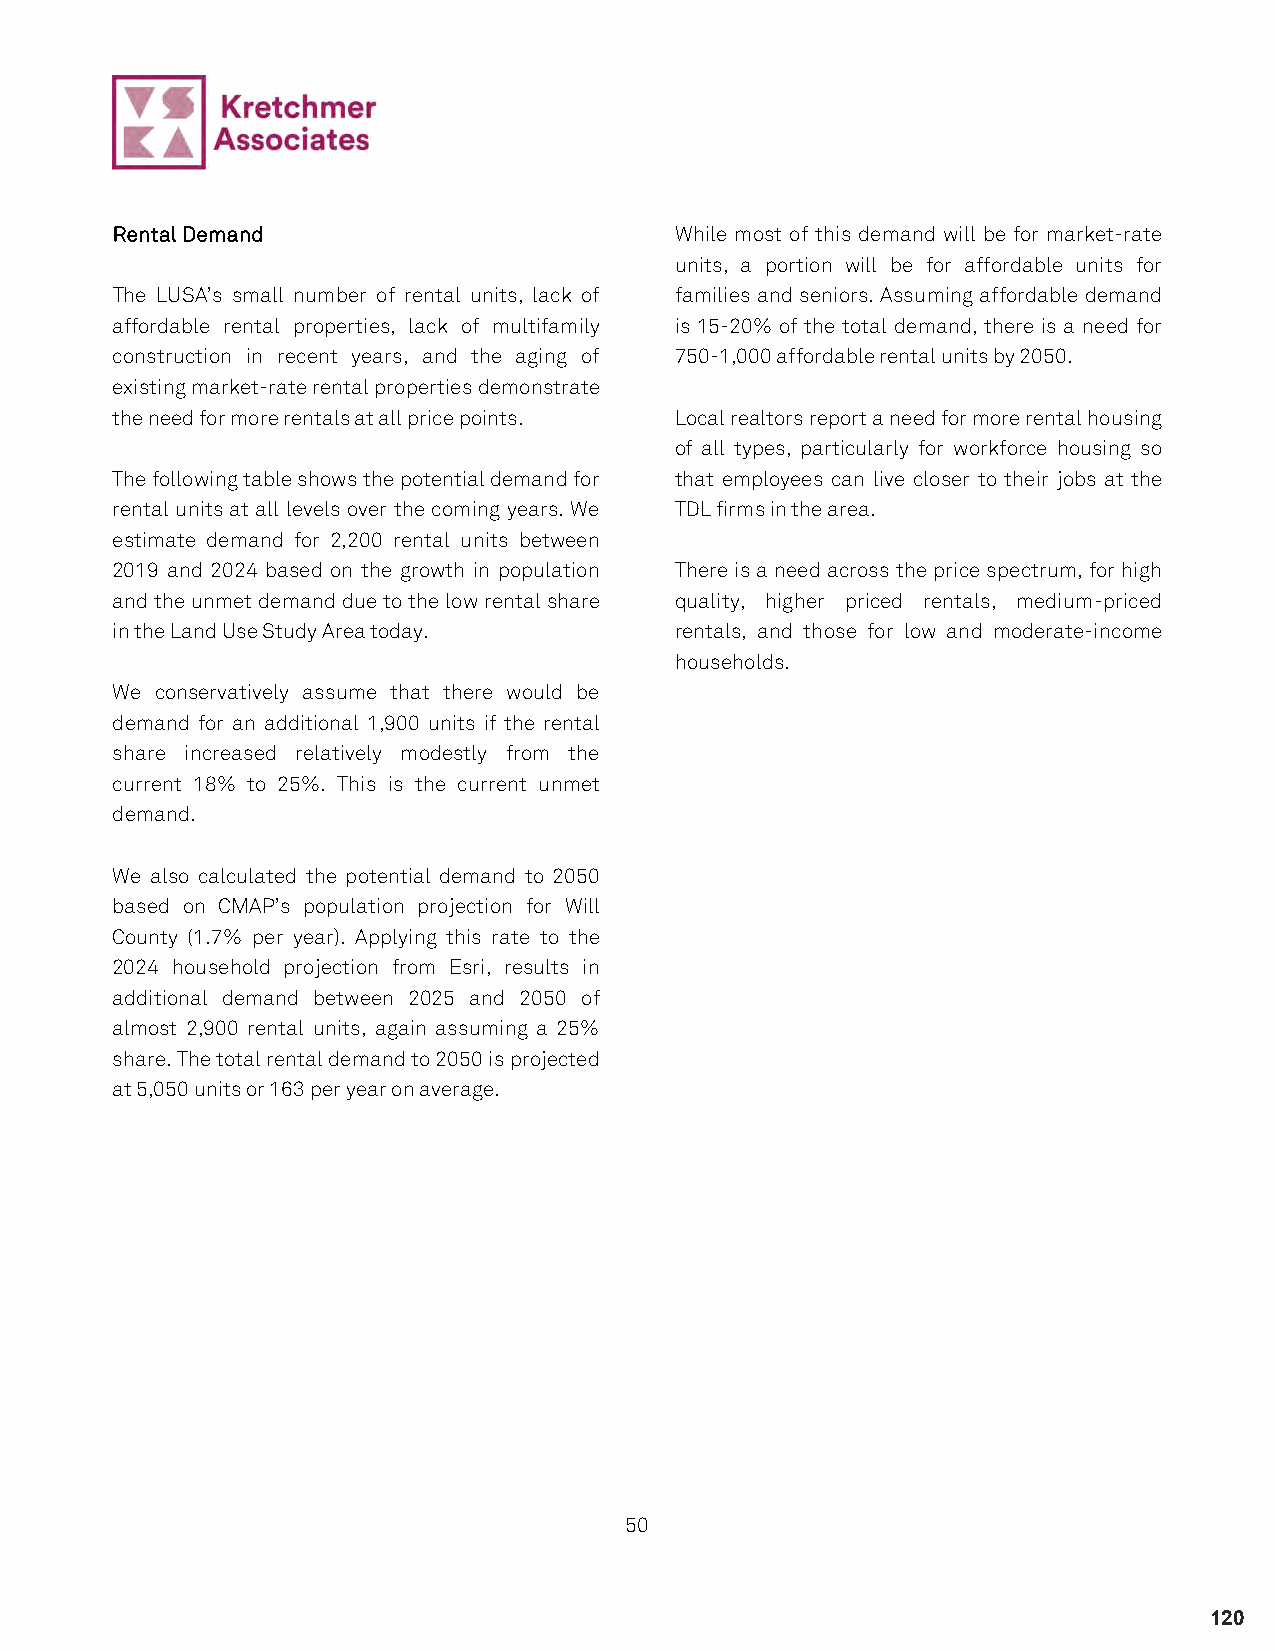
Rental Demand                         While most of this demand will be for market-rate
 units, a portion will be for affordable units for
 The LUSA’s small number of rental units, lack of families and seniors. Assuming affordable demand
 affordable rental properties, lack of multifamily is 15-20% of the total demand, there is a need for
 construction in recent years, and the aging of 750-1,000 affordable rental units by 2050.
 existing market-rate rental properties demonstrate
 the need for more rentals at all price points. Local realtors report a need for more rental housing
 of all types, particularly for workforce housing so
 The following table shows the potential demand for that employees can live closer to their jobs at the
 rental units at all levels over the coming years. We TDL firms in the area.
 estimate demand for 2,200 rental units between
 2019 and 2024 based on the growth in population There is a need across the price spectrum, for high
 and the unmet demand due to the low rental share quality, higher priced rentals, medium-priced
 in the Land Use Study Area today.     rentals, and those for low and moderate-income
 households.
 We conservatively assume that there would be
 demand for an additional 1,900 units if the rental
 share increased relatively modestly from the
 current 18% to 25%. This is the current unmet
 demand.
 We also calculated the potential demand to 2050
 based on CMAP’s population projection for Will
 County (1.7% per year). Applying this rate to the
 2024 household projection from Esri, results in
 additional demand between 2025 and 2050 of
 almost 2,900 rental units, again assuming a 25%
 share. The total rental demand to 2050 is projected
 at 5,050 units or 163 per year on average.
 50
 120